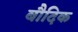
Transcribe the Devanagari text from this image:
बौदिक